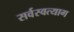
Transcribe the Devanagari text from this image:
सर्वस्वत्याग